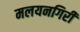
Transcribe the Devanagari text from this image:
मलयनगिरी